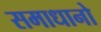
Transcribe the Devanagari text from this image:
समाधानो